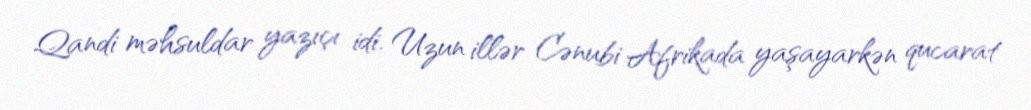
Qandi məhsuldar yazıçı idi. Uzun illər Cənubi Afrikada yaşayarkən qucarat